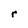
Character: r